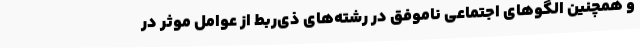
و همچنین الگوهای اجتماعی ناموفق در رشته‌های ذی‌ربط از عوامل موثر در